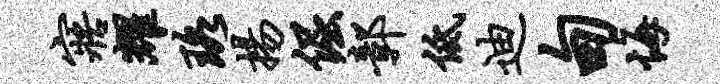
寤耀珞扬倔鄣低迪甸悔